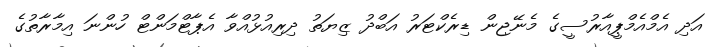
އަދި އެމްއެމްޕީއާރުސީގެ މެނޭޖިން ޑިރެކްޓަރު އަބްދު ޒިޔަތު ދިރިއުޅުއްވާ އެޕާޓްމަންޓް ހުންނަ އިމާރާތުގެ